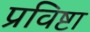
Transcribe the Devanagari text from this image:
प्रविष्टा